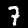
Digit: 7